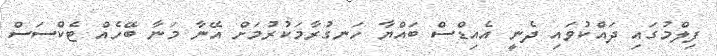
ފިލްމުގައި ދައްކުވައި ދެނީ އެއިޑްސް ބައްޔާ ހަނގުރާމަކުރުމަށް އޭނާ މަނާ ބޭހެއް ޓެކްސަސް